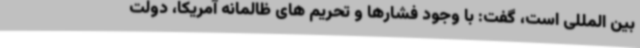
بین المللی است، گفت: با وجود فشارها و تحریم های ظالمانه آمریکا، دولت